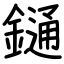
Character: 𨫤